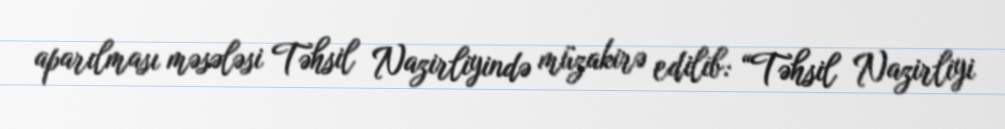
aparılması məsələsi Təhsil Nazirliyində müzakirə edilib: “Təhsil Nazirliyi